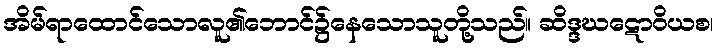
အိမ်ရာထောင်သောလူ၏ဘောင်၌နေသောသူတို့သည်။ ဆိဒ္ဒဃဋောဝိယစ၊